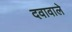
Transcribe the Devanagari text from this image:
दवावाले